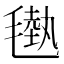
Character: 𣯭